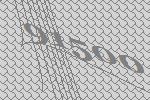
91500